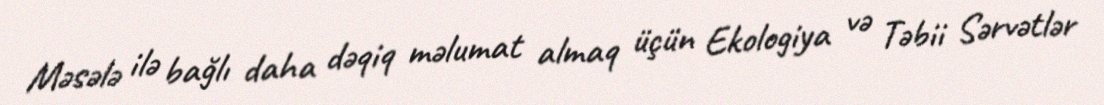
Məsələ ilə bağlı daha dəqiq məlumat almaq üçün Ekologiya və Təbii Sərvətlər